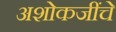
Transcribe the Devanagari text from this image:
अशोकजींचे